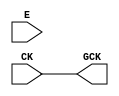
module OPENROAD_CLKGATE (CK, E, GCK);
  input CK;
  input E;
  output GCK;

`ifdef OPENROAD_CLKGATE

sky130_osu_sc_12T_ms__pcgate_1 latch (.CK (CK), .E(E), .ECK(GCK));

`else

assign GCK = CK;

`endif

endmodule